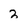
Character: 2